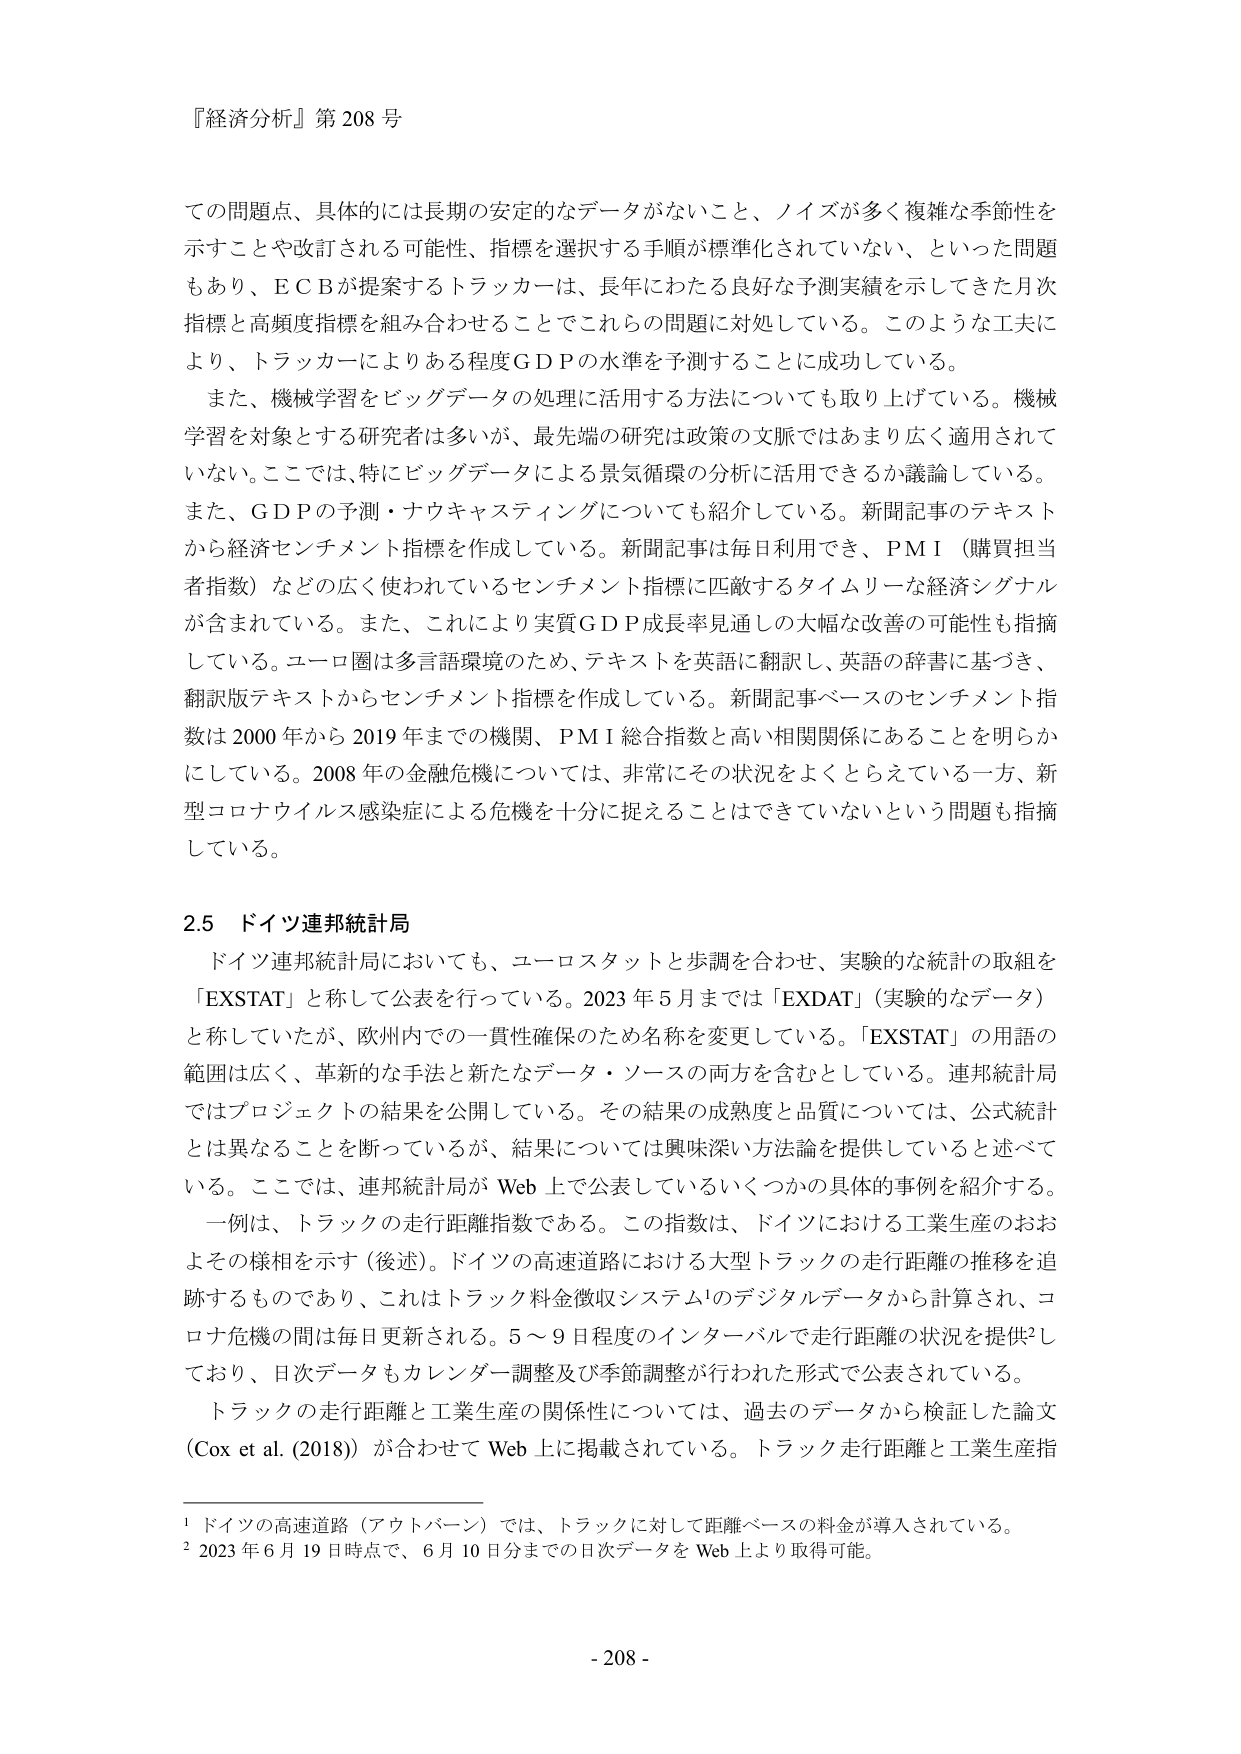
『経済分析』第 208 号

ての問題点、具体的には長期の安定的なデータがないこと、ノイズが多く複雑な季節性を示すことや改訂される可能性、指標を選択する手順が標準化されていない、といった問題もあり、ＥＣＢが提案するトラッカーは、長年にわたる良好な予測実績を示してきた月次指標と高頻度指標を組み合わせることでこれらの問題に対処している。このような工夫により、トラッカーによりある程度ＧＤＰの水準を予測することに成功している。

また、機械学習をビッグデータの処理に活用する方法についても取り上げている。機械学習を対象とする研究者は多いが、最先端の研究は政策の文脈ではあまり広く適用されていない。ここでは、特にビッグデータによる景気循環の分析に活用できるか議論している。また、ＧＤＰの予測・ナウキャスティングについても紹介している。新聞記事のテキストから経済センチメント指標を作成している。新聞記事は毎日利用でき、ＰＭＩ（購買担当者指数）などの広く使われているセンチメント指標に匹敵するタイムリーな経済シグナルが含まれている。また、これにより実質ＧＤＰ成長率見通しの大幅な改善の可能性も指摘している。ユーロ圏は多言語環境のため、テキストを英語に翻訳し、英語の辞書に基づき、翻訳版テキストからセンチメント指標を作成している。新聞記事ベースのセンチメント指数は 2000 年から 2019 年までの機関、ＰＭＩ 総合指数と高い相関関係にあることを明らかにしている。2008 年の金融危機については、非常にその状況をよくとらえている一方、新型コロナウイルス感染症による危機を十分に捉えることはできていないという問題も指摘している。

2.5 ドイツ連邦統計局

ドイツ連邦統計局においても、ユーロスタットと歩調を合わせ、実験的な統計の取組を「EXSTAT」と称して公表を行っている。2023 年 5 月までは「EXDAT」（実験的なデータ）と称していたが、欧州内での一貫性確保のため名称を変更している。「EXSTAT」の用語の範囲は広く、革新的な手法と新たなデータ・ソースの両方を含むとしている。連邦統計局ではプロジェクトの結果を公開している。その結果の成熟度と品質については、公式統計とは異なることを断っているが、結果については興味深い方法論を提供していると述べている。ここでは、連邦統計局が Web 上で公表しているいくつかの具体的な事例を紹介する。

一例は、トラックの走行距離指数である。この指数は、ドイツにおける工業生産のおおよその様相を示す（後述）。ドイツの高速道路における大型トラックの走行距離の推移を追跡するものであり、これはトラック料金徴収システム¹のデジタルデータから計算され、コロナ危機の間は毎日更新される。5～9 日程度のインターバルで走行距離の状況を提供²しており、日次データもカレンダー調整及び季節調整が行われた形式で公表されている。

トラックの走行距離と工業生産の関係性については、過去のデータから検証した論文（Cox et al. (2018)）が合わせて Web 上に掲載されている。トラック走行距離と工業生産指

¹ ドイツの高速道路（アウトバーン）では、トラックに対して距離ベースの料金が導入されている。
² 2023 年 6 月 19 日時点で、6 月 10 日分までの日次データを Web 上より取得可能。

- 208 -